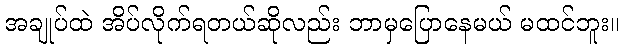
အချုပ်ထဲ အိပ်လိုက်ရတယ်ဆိုလည်း ဘာမှပြောနေမယ် မထင်ဘူး။